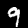
Label: 9